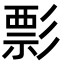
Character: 彯